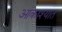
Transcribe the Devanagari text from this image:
आकाश्यात